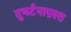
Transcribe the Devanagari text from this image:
दुघर्टनाग्रस्त